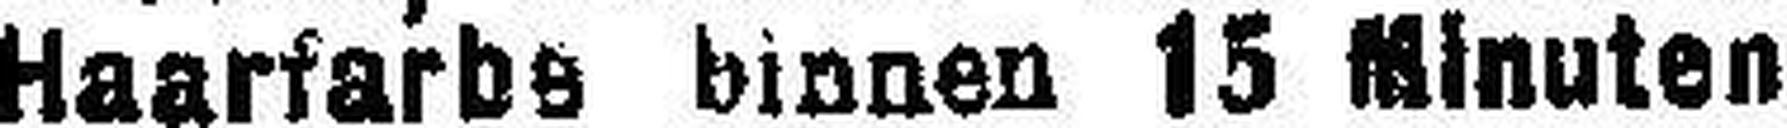
Haarfarbe binnen 15 Minuten